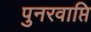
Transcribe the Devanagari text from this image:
पुनरवाप्ति